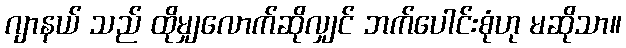
ဂျာနယ် သည် ထိုမျှလောက်ဆိုလျှင် ဘက်ပေါင်းစုံဟု မဆိုသာ။